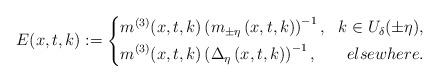
LaTeX: \begin{align*}E(x,t,k):=\left\{ \begin{aligned} & m^{(3)}(x,t,k)\left(m_{\pm\eta}\left(x,t,k\right)\right)^{-1}, & k\in U_{\delta}(\pm\eta), \\ & m^{(3)}(x,t,k)\left(\Delta_\eta\left(x,t,k\right)\right)^{-1}, & elsewhere. \end{aligned} \right.\end{align*}